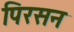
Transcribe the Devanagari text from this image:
पिरसन